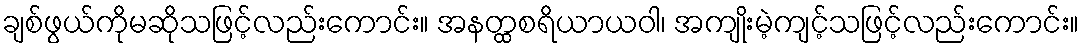
ချစ်ဖွယ်ကိုမဆိုသဖြင့်လည်းကောင်း။ အနတ္ထစရိယာယဝါ၊ အကျိုးမဲ့ကျင့်သဖြင့်လည်းကောင်း။